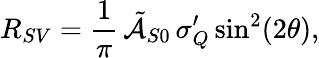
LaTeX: R_{SV}=\frac{1}{\pi}\, \tilde{\mathcal{A}}_{S0}\, \sigma_{Q}^{\prime}\sin^{2}(2\theta),